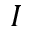
I